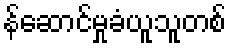
န်ဆောင်မှုခံယူသူတစ်